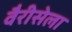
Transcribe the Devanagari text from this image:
वैरीसेला